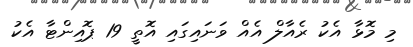
މި މޮޅާ އެކު ރެއާލް އެއް ވަނައިގައި އޮތީ 19 ޕޮއިންޓާ އެކު